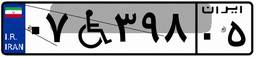
۰۷W۳۹۸۰۵